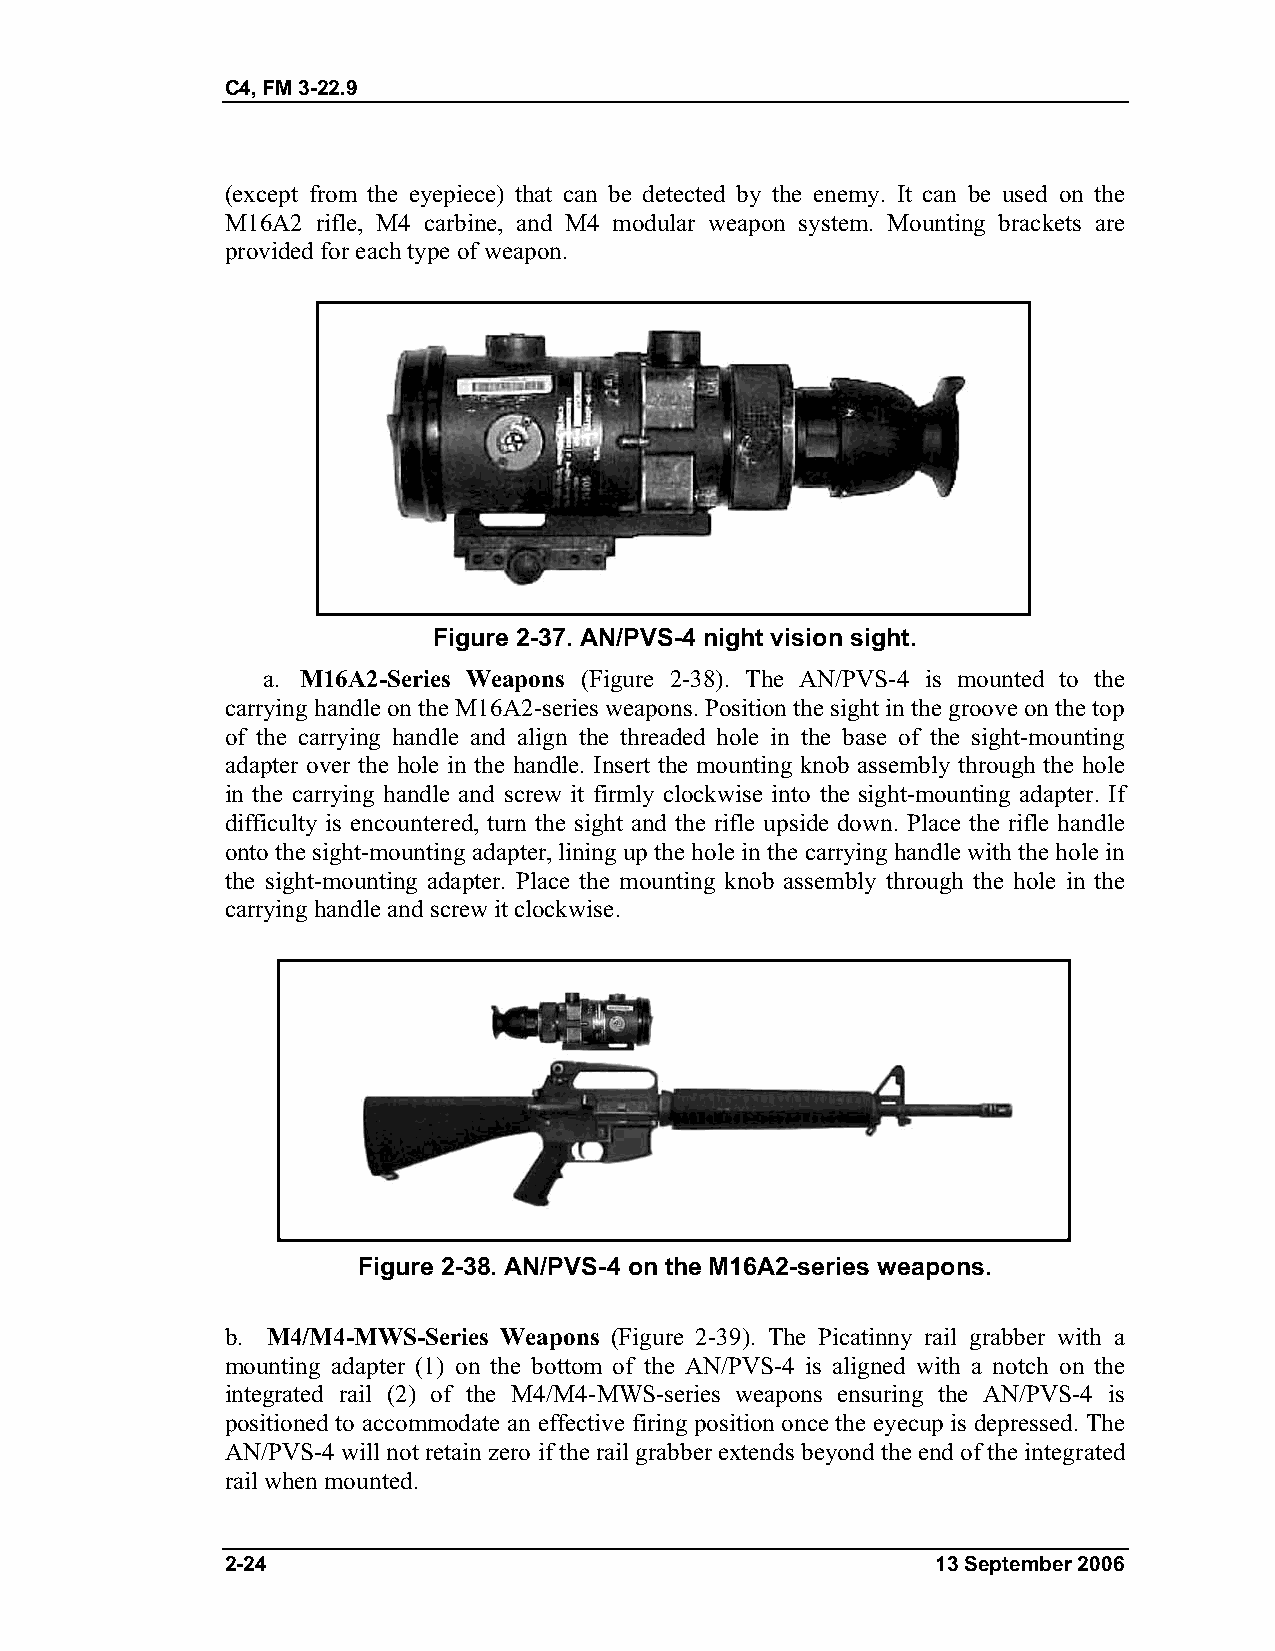
C4, FM 3-22.9
 (except from the eyepiece) that can be detected by the enemy. It can be used on the
 M16A2 rifle, M4 carbine, and M4 modular weapon system. Mounting brackets are
 provided for each type of weapon.
 Figure 2-37. AN/PVS-4 night vision sight.
 a. M16A2-Series Weapons (Figure 2-38). The AN/PVS-4 is mounted to the
 carrying handle on the M16A2-series weapons. Position the sight in the groove on the top
 of the carrying handle and align the threaded hole in the base of the sight-mounting
 adapter over the hole in the handle. Insert the mounting knob assembly through the hole
 in the carrying handle and screw it firmly clockwise into the sight-mounting adapter. If
 difficulty is encountered, turn the sight and the rifle upside down. Place the rifle handle
 onto the sight-mounting adapter, lining up the hole in the carrying handle with the hole in
 the sight-mounting adapter. Place the mounting knob assembly through the hole in the
 carrying handle and screw it clockwise.
 Figure 2-38. AN/PVS-4 on the M16A2-series weapons.
 b. M4/M4-MWS-Series Weapons (Figure 2-39). The Picatinny rail grabber with a
 mounting adapter (1) on the bottom of the AN/PVS-4 is aligned with a notch on the
 integrated rail (2) of the M4/M4-MWS-series weapons ensuring the AN/PVS-4 is
 positioned to accommodate an effective firing position once the eyecup is depressed. The
 AN/PVS-4 will not retain zero if the rail grabber extends beyond the end of the integrated
 rail when mounted.
 2-24                                           13 September 2006